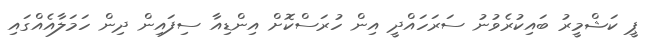
ޕީ ކަޝްމީރު ބައިކުރެވުނު ސަރަހައްދީ އިން ހުރަސްކޮށް އިންޑިއާ ސިފައިން ދިން ހަމަލާއެއްގައި